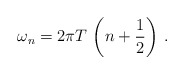
\begin{align*}\omega_n = 2 \pi T \,\left( n + {1 \over 2} \right) \,.\end{align*}